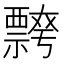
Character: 𭑦